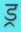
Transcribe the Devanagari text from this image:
ड्र